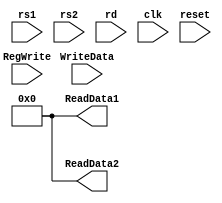
module registerFile
(
    input [4:0] rs1, rs2, rd,
	input [63:0] WriteData,
	input clk, reset, RegWrite,
	output reg[63:0] ReadData1, ReadData2
	
);

    reg [63:0] registers [31:0];
	
	initial 
	begin
		ReadData1 = {64{1'b0}};
		ReadData2 = {64{1'b0}};
		registers[0] = 64'd0;
		registers[1] = 64'd0;
		registers[2] = 64'd0;
		registers[3] = 64'd0;
		registers[4] = 64'd0;
		registers[5] = 64'd0;
		registers[6] = 64'd0;
		registers[7] = 64'd0;
		registers[8] = 64'd0;
		registers[9] = 64'd0;
		registers[10] = 64'd0;
		registers[11] = 64'd0;
		registers[12] = 64'd0;
		registers[13] = 64'd0;
		registers[14] = 64'd0;
		registers[15] = 64'd0;
		registers[16] = 64'd0;
		registers[17] = 64'd0;
		registers[18] = 64'd0;
		registers[19] = 64'd0;
		registers[20] = 64'd0;
		registers[21] = 64'd0;
		registers[22] = 64'd0;
		registers[23] = 64'd0;
		registers[24] = 64'd0;
		registers[25] = 64'd0;
		registers[26] = 64'd0;
		registers[27] = 64'd0;
		registers[28] = 64'd0;
		registers[29] = 64'd0;
		registers[30] = 64'd0;
		registers[31] = 64'd0;
	end
	
	always @(clk)
	begin
		if (RegWrite)
			registers[rd] = WriteData;
		if (reset)
			begin
				ReadData1 <= {64{1'b0}};
				ReadData2 <= {64{1'b0}};
			end
	end
	
	always @(negedge clk)
	begin
		if (reset)
			begin
				ReadData1 <= {64{1'b0}};
				ReadData2 <= {64{1'b0}};
			end
		else
		begin
			ReadData1 <= registers[rs1];
			ReadData2 <= registers[rs2];
		end
		
	end


	
endmodule